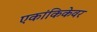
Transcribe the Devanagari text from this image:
एकांकिकेवर